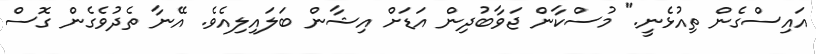
އައިސްގެން ތިއުޅެނީ." މުސްކާން ޖަވާބުދިން އަޑަށް އިޝާން ބަލައިލިއެވެ. އޭނާ ތެދުވެގެން ގޮސް